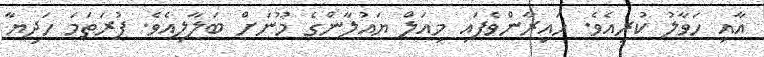
އާއި ހަވާލު ކުރިއެވެ. ހައިރާންވެފައި މިއަލް ޔައުލާންގެ މޫނަށް ބަލާލިއެވެ. ފުރަތަމަ ހަދިޔާ